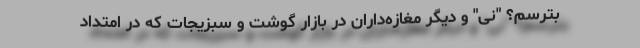
بترسم؟ "نی" و دیگر مغازه‌داران در بازار گوشت و سبزیجات که در امتداد